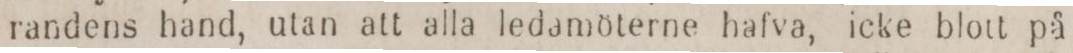
randens hand, utan att alla ledamöterne hafva, icke blott på